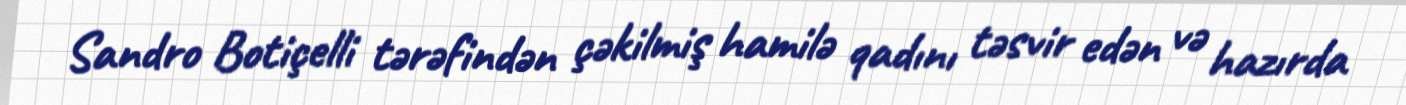
Sandro Botiçelli tərəfindən çəkilmiş hamilə qadını təsvir edən və hazırda